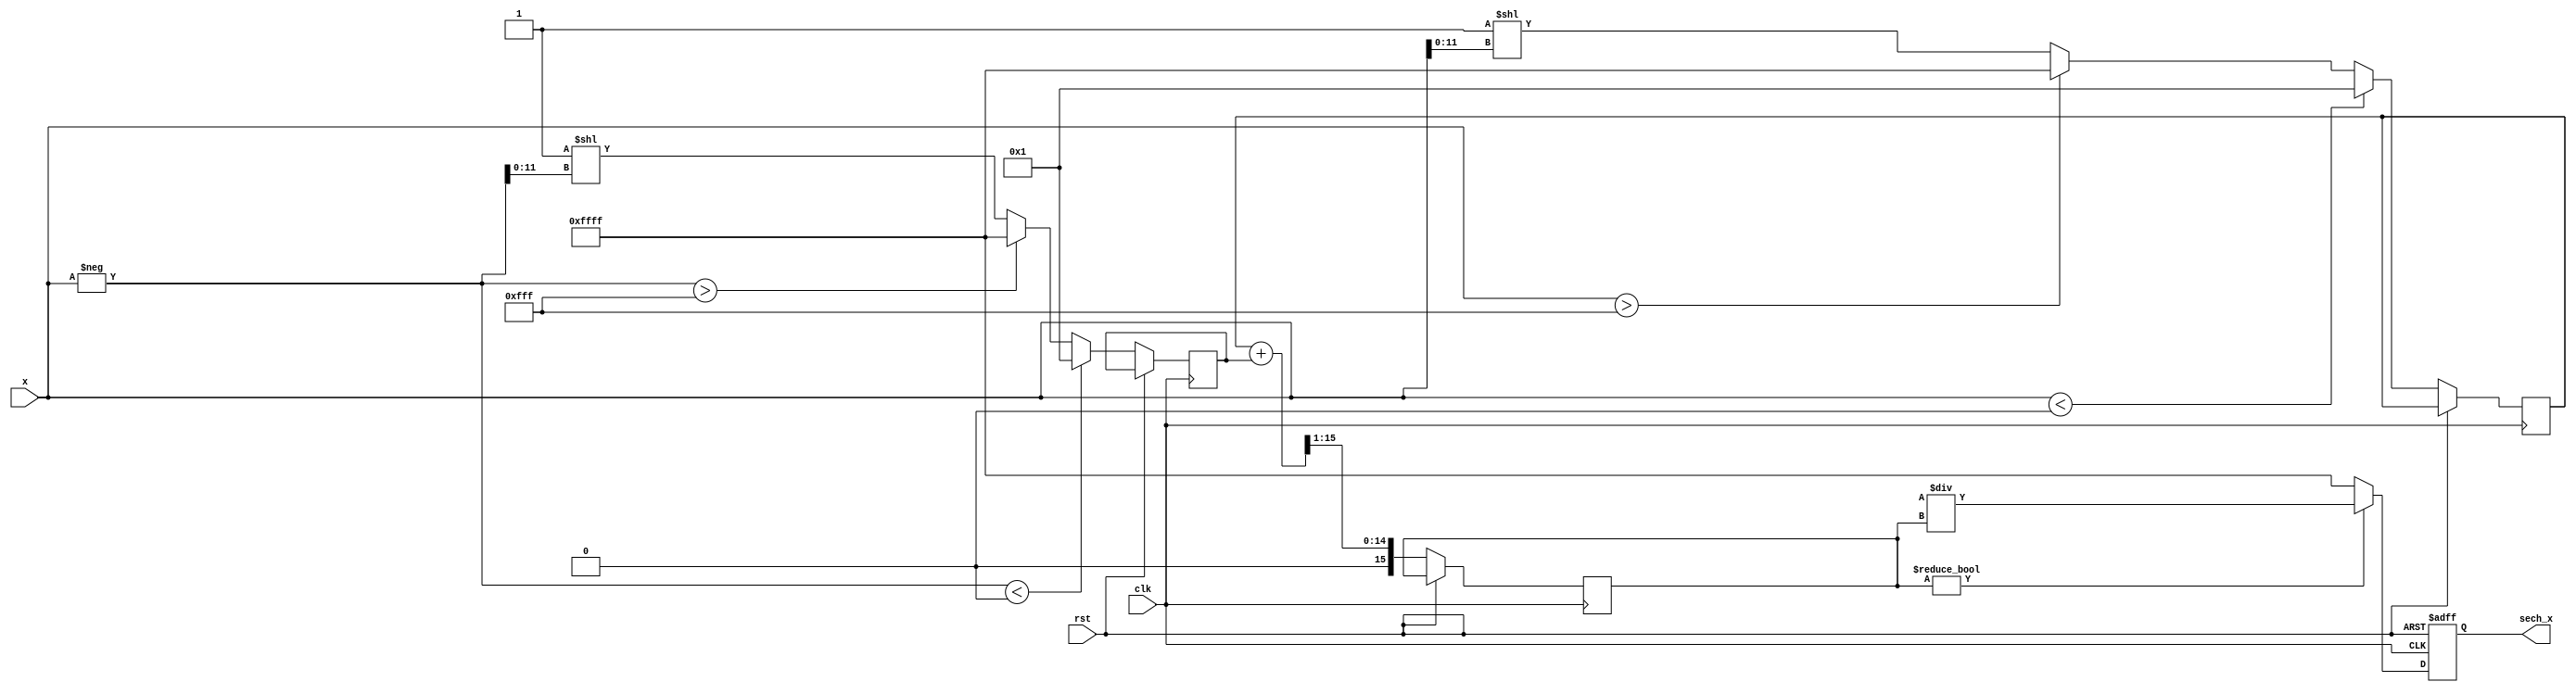
module hyperbolic_secant (
    input wire [15:0] x,          // Input x (fixed-point representation)
    output reg [15:0] sech_x,     // Output sech(x) (fixed-point representation)
    input wire clk,               // Clock signal
    input wire rst                // Reset signal
);

    // Parameters
    parameter EXP_WIDTH = 16;     // Width for exponential output
    parameter COSH_WIDTH = 16;    // Width for cosh output

    // Internal signals
    reg [EXP_WIDTH-1:0] exp_x;    // e^x
    reg [EXP_WIDTH-1:0] exp_neg_x; // e^-x
    reg [COSH_WIDTH-1:0] cosh_x;   // cosh(x)

    // Exponential calculation (simplified)
    function [EXP_WIDTH-1:0] exp_func;
        input [15:0] value;
        begin
            // Simple lookup table or approximation for e^x
            // For demonstration, using a simple linear approximation
            exp_func = (value < 16'h0000) ? 16'h0001 : (value > 16'h0FFF) ? 16'hFFFF : (16'h0001 << value[11:0]); // Placeholder logic
        end
    endfunction

    // Sequential logic
    always @(posedge clk or posedge rst) begin
        if (rst) begin
            sech_x <= 16'h0000;
        end else begin
            // Step 1: Calculate e^x and e^-x
            exp_x <= exp_func(x);
            exp_neg_x <= exp_func(-x);

            // Step 2: Calculate cosh(x) = (e^x + e^-x) / 2
            cosh_x <= (exp_x + exp_neg_x) >> 1; // Right shift for division by 2

            // Step 3: Calculate sech(x) = 1 / cosh(x)
            if (cosh_x != 0) begin
                sech_x <= (16'h0001 << 16) / cosh_x; // Fixed-point division
            end else begin
                sech_x <= 16'hFFFF; // Handle division by zero (undefined behavior)
            end
        end
    end

endmodule